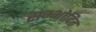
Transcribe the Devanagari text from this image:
सम्भोदित